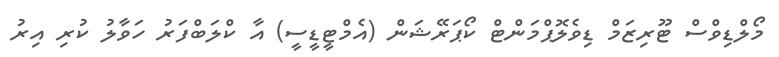
މޯލްޑިވްސް ޓޫރިޒަމް ޑިވެލޮޕްމަންޓް ކޯޕަރޭޝަން (އެމްޓީޑީސީ) އާ ކްލަބްފަރު ހަވާލު ކުރި އިރު